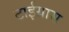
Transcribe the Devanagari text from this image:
टाईग्रास